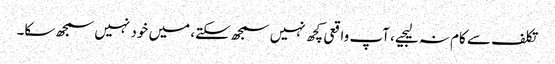
تکلف سے کام نہ لیجیے، آپ واقعی کچھ نہیں سمجھ سکتے، میں خود نہیں سمجھ سکا۔